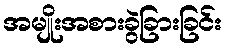
အမျိုးအစားခွဲခြားခြင်း